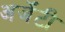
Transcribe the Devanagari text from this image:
अर्जेंटी